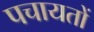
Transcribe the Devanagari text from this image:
पचायतों